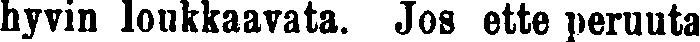
hyvin loukkaavata. Jos ette peruuta